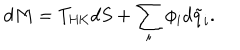
d M = T _ { \mathrm { H K } } d S + \sum _ { i } \phi _ { i } d \tilde { q } _ { i } .